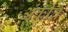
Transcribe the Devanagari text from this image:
अंकीत